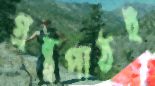
গ্রন্থপাঠই